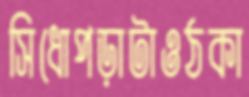
সিধোপড়াটাওঠকা